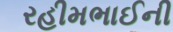
રહીમભાઈની